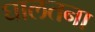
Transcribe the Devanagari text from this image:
घालतना